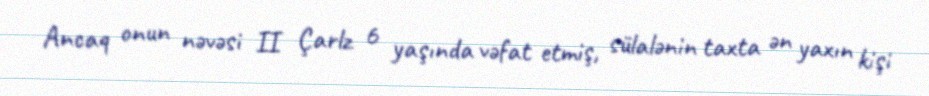
Ancaq onun nəvəsi II Çarlz 6 yaşında vəfat etmiş, sülalənin taxta ən yaxın kişi